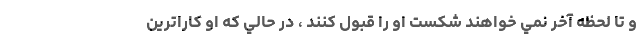
و تا لحظه آخر نمي خواهند شكست او را قبول كنند ، در حالي که او کاراترین